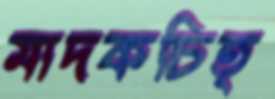
মাদকচিত্